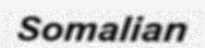
Somalian